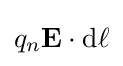
q_{n}\mathbf {E} \cdot \mathrm {d} \mathbf {\ell }